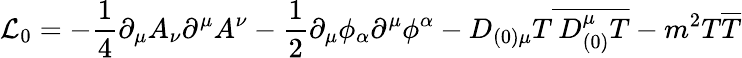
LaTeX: {\cal L}_{0}=-\frac{1}{4}\partial_{\mu}A_{\nu}\partial^{\mu}A^{\nu}-\frac{1}{2}\partial_{\mu}\phi_{\alpha}\partial^{\mu}\phi^{\alpha}-D_{(0)\mu}T\overline{{{\: D_{(0)}^{\mu}T}}}-m^{2}T\overline{{{T}}}